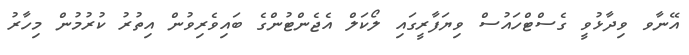
އޭނާވ ވިދާޅުވީ ގެސްޓްހައުސް ވިޔަފާރީގައި ލޯކަލް އެޖެންޓުންގެ ބައިވެރިވުން އިތުރު ކުރުމުން މިހާރު